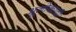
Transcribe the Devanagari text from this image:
भूलोकादी